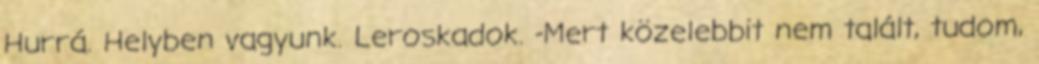
Hurrá. Helyben vagyunk. Leroskadok. -Mert közelebbit nem talált, tudom,